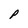
Character: P